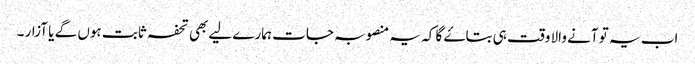
اب یہ تو آنے والا وقت ہی بتاۓ گا کہ یہ منصوبہ جات ہمارے لیےبھی تحفہ ثابت ہوں گے یا آزار ۔